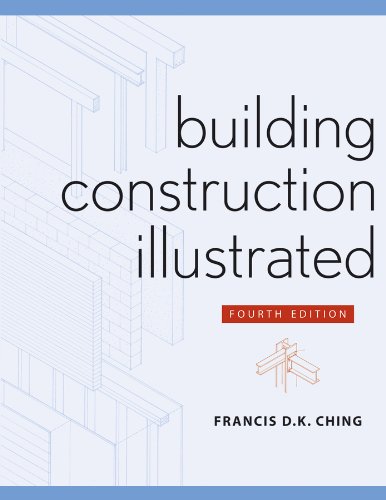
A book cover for Building Construction Illustrated; Francis D. K. Ching; Arts & Photography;